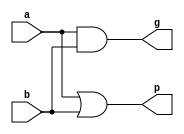
`timescale 1ns / 1ps
//////////////////////////////////////////////////////////////////////////////////
// Company: 
// Engineer: 
// 
// Design Name: 
// Module Name: FourBitCLAdder
// Project Name: 
// Target Devices: 
// Tool Versions: 
// Description: 
// 
// Dependencies: 
// 
// Revision:
// Revision 0.01 - File Created
// Additional Comments:
// 
//////////////////////////////////////////////////////////////////////////////////

module CLC(
    input a,
    input b,
    output g,
    output p
    );
    
    assign g = a & b;
    assign p = a | b;
    
endmodule 

module FourBitCLAdder(
    input c_in,
    input   [3:0]   a,
    input   [3:0]   b,
    output  [3:0]   sum,
    output          c_out
    );
    
    wire [3:0] g;
    wire [3:0] p;
    wire  [3:0] c;
    
    CLC clc_0(a[0], b[0],g[0],p[0]);
    CLC clc_1(a[1], b[1],g[1],p[1]);
    CLC clc_2(a[2], b[2],g[2],p[2]);
    CLC clc_3(a[3], b[3],g[3],p[3]);
    
    assign c[0] = g[0] | (p[0] & c_in);
    assign c[1] = g[1] | (g[0] & p[1]) | (c_in & p[0] & p[1]) ;
    assign c[2] = g[2] | (g[1] & p[2]) | (g[0] & p[1] & p[2]) | (c_in & p[0] & p[1] & p[2]) ;
    assign c[3] = g[3] | (g[2] & p[3]) | (g[1] & p[2] & p[3]) | (g[0] & p[1] & p[2] & p[3]) | (c_in & p[0] & p[1] & p[2] & p[3]) ;


    assign sum[0] = c_in ^ a[0] ^ b[0];
    assign sum[1] = c[0] ^ a[1] ^ b[1];    
    assign sum[2] = c[1] ^ a[2] ^ b[2];
    assign sum[3] = c[2] ^ a[3] ^ b[3];
    assign c_out = c[3] ;  
    
endmodule